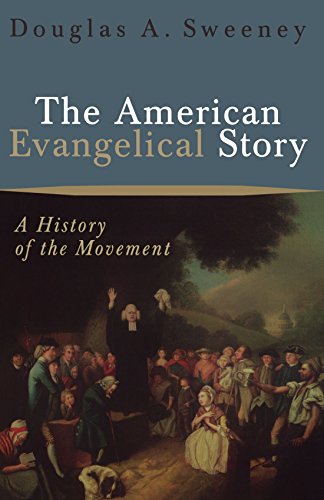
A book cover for The American Evangelical Story: A History of the Movement; Douglas A. Sweeney; History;